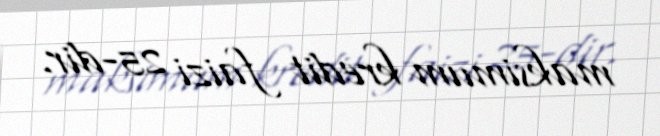
maksimum kredit faizi 25-dir.